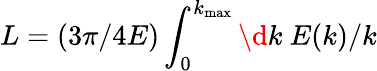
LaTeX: L=(3\pi/4E)\int_{0}^{k_{\mathrm{max}}}\d{k}\ E(k)/k